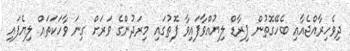
ދިވެހިރާއްޖެއާއި ބެހޭގޮތުން ޕިރާޑް ލިޔުއްވާފައިވާ ފޮތުގައި މިރަދުންގެ ވަރަށް ގިނަ ވާހަކަތައް ލިޔެފައި